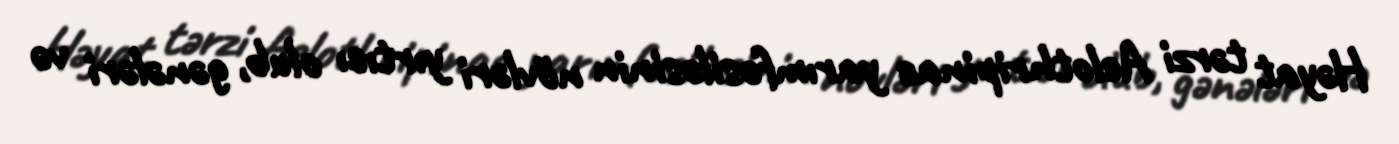
Həyat tərzi Aelothripinae yarımfəsiləsinin növləri yırtıcı olub, gənələri və